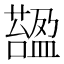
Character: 𧀟